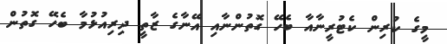
މީގެ ކުރިން ކެޓުރީނާއާ ބެހޭ ގޮތުންނާއި އޭނާގެ ޒާތީ ދިރިއުޅުމާ ބެހޭ ގޮތުން